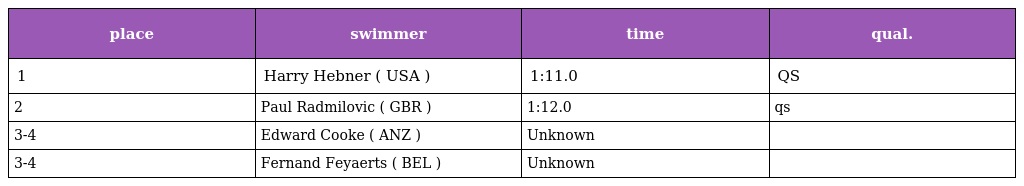
| place | swimmer | time | qual. |
 | --- | --- | --- | --- |
 | 1 | Harry Hebner ( USA ) | 1:11.0 | QS |
 | 2 | Paul Radmilovic ( GBR ) | 1:12.0 | qs |
 | 3-4 | Edward Cooke ( ANZ ) | Unknown |  |
 | 3-4 | Fernand Feyaerts ( BEL ) | Unknown |  |